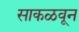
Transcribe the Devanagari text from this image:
साकळवून